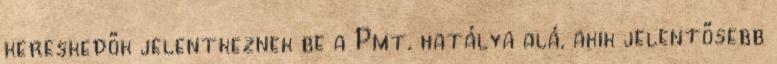
kereskedők jelentkeznek be a Pmt. hatálya alá, akik jelentősebb